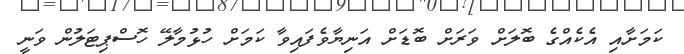
ކަމަށާއި އެކެއްގެ ބޮލަށް ވަރަށް ބޮޑަށް އަނިޔާވެފައިވާ ކަމަށް ހުޅުމާލޭ ހޮސްޕިޓަލުން ވަނީ